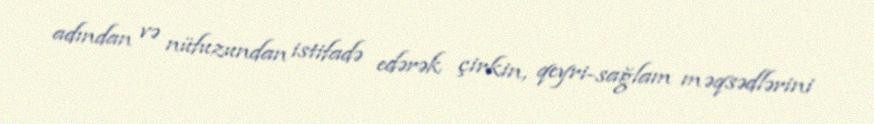
adından və nüfuzundan istifadə edərək çirkin, qeyri-sağlam məqsədlərini